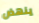
ينهض